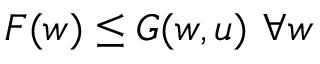
F ( w ) \leq G ( w , u ) \ \forall w